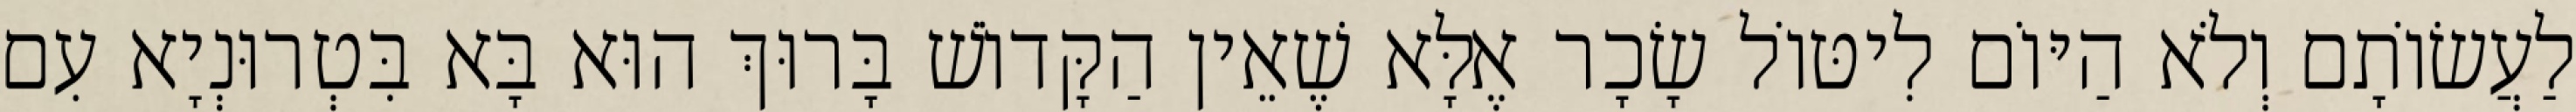
לַעֲשׂוֹתָם וְלֹא הַיּוֹם לִיטּוֹל שָׂכָר אֶלָּא שֶׁאֵין הַקָּדוֹשׁ בָּרוּךְ הוּא בָּא בִּטְרוּנְיָא עִם